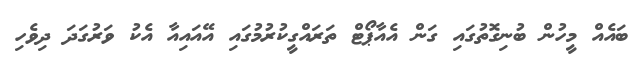
ބައެއް މީހުން ބުނިގޮތުގައި ގަން އެއާޕޯޓް ތަރައްގީކުރުމުގައި އޭއައިއާ އެކު ވަރުގަދަ ދިވެހި